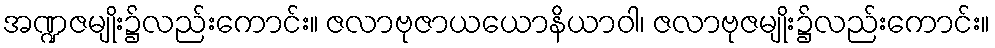
အဏ္ဍဇမျိုး၌လည်းကောင်း။ ဇလာဗုဇာယယောနိယာဝါ၊ ဇလာဗုဇမျိုး၌လည်းကောင်း။